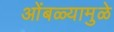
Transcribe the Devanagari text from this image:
ओंबळ्यामुळे